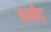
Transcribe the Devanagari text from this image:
कनौद